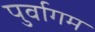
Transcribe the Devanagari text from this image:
पुर्वागम